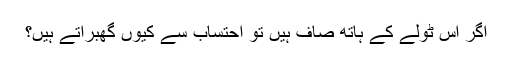
اگر اس ٹولے کے ہاتھ صاف ہیں تو احتساب سے کیوں گھبراتے ہیں؟